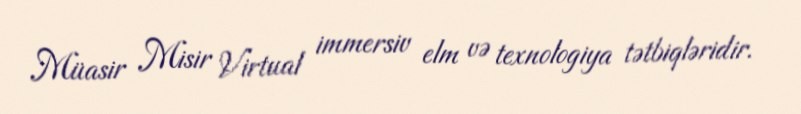
Müasir Misir Virtual immersiv elm və texnologiya tətbiqləridir.